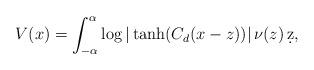
LaTeX: \begin{align*}V(x) = \int_{-\alpha}^{\alpha} \log |\tanh(C_{d}(x-z))|\, \nu(z)\, \d z, \end{align*}